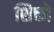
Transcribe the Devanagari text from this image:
शिक्तो